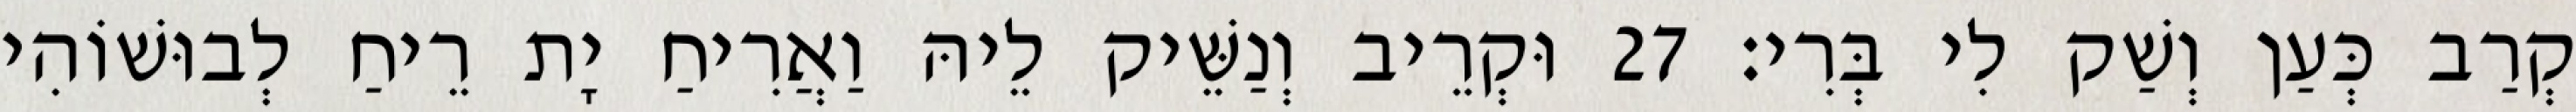
קְרַב כְּעַן וְשַׁק לִי בְּרִי׃ 27 וּקְרֵיב וְנַשֵּׁיק לֵיהּ וַאֲרִיחַ יָת רֵיחַ לְבוּשׁוֹהִי